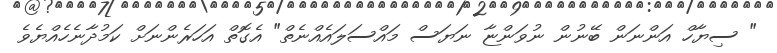
" ސިޔާހް އަންނަން ބޭނުން ނުވަންޏާ ނަޔަސް މައްސަލައެއްނެތް" އެގޮތް އަހަރެންނަށް ކަމުދާނެހެއްޔެވެ